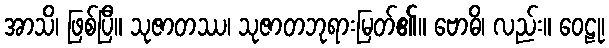
အာသိ၊ ဖြစ်ပြီ။ သုဇာတဿ၊ သုဇာတဘုရားမြတ်၏။ ဗောဓိ၊ လည်း။ ဝေဠု၊